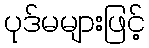
ပုဒ်မများဖြင့်